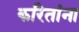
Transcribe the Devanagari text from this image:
करितांना